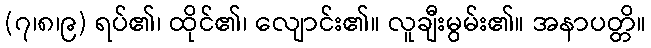
(၇၊၈၊၉) ရပ်၏၊ ထိုင်၏၊ လျောင်း၏။ လူချီးမွမ်း၏။ အနာပတ္တိ။